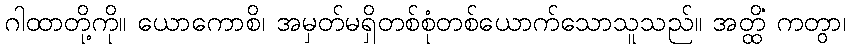
ဂါထာတို့ကို။ ယောကောစိ၊ အမှတ်မရှိတစ်စုံတစ်ယောက်သောသူသည်။ အတ္ထိံ ကတွာ၊